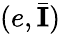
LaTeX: (e,\bar{{\mathbf{I}}})